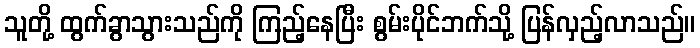
သူတို့ ထွက်ခွာသွားသည်ကို ကြည့်နေပြီး စွမ်းပိုင်ဘက်သို့ ပြန်လှည့်လာသည်။